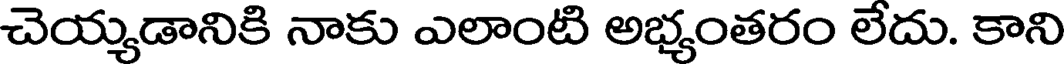
చెయ్యడానికి నాకు ఎలాంటి అభ్యంతరం లేదు. కాని